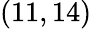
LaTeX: (11,14)